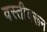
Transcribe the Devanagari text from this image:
वस्तीवरून